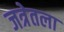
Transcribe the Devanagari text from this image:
जत्रेतला